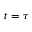
t = \tau